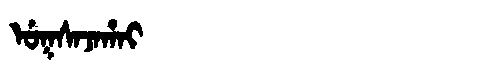
Manchu: ᡠᡴᠰᠠᠵᠠᡥᠠᡳ
Romanization: UKSAJAHAI